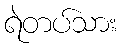
ရဲတပ်သား